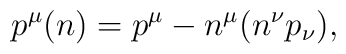
p^\mu (n)=p^\mu -n^\mu (n^\nu p_\nu ),